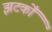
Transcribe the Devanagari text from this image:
झटकोँ